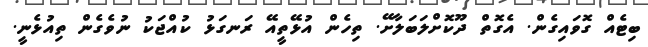
ބިޓެއް ގޮވައިގެން. އެގޮތް ދޫކޮށްލަބަލާށޭ. ތިހެން އުޅޭތީއޭ ރަނގަޅު ކުއްޖަކު ނުވެގެން ތިއުޅެނީ.